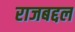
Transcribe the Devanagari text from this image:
राजबद्दल